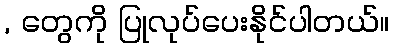
, တွေကို ပြုလုပ်ပေးနိုင်ပါတယ်။